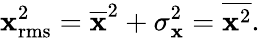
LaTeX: \mathbf{x}_{\mathrm{{rms}}}^{2}={\overline{{{\mathbf{x}}}}}^{2}+\sigma_{\mathbf{x}}^{2}={\overline{{{\mathbf{x}^{2}}}}}.